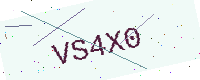
Text: VS4X0